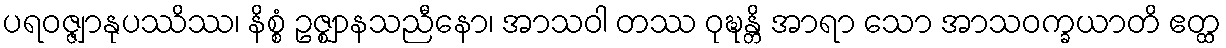
ပရဝဇ္ဇျာနုပဿိဿ၊ နိစ္စံ ဥဇ္ဈာနသညီနော၊ အာသဝါ တဿ ဝုဍ္ဎန္တိ အာရာ သော အာသဝက္ခယာတိ ဧတ္ထ